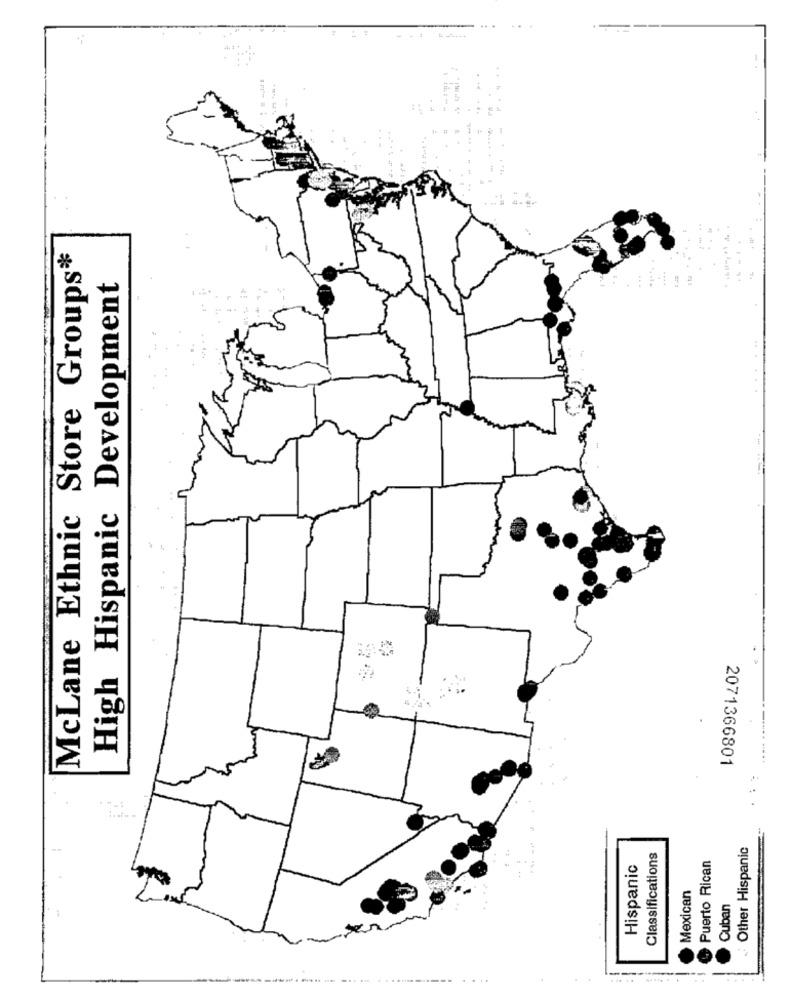
-
..
...
McLane Ethnic Store Groups*
High Hispanic Development
...
2071366801
..
Other Hispanic
Classifications
Hispanic
Puerto Rican
Mexican
Cuban
.--------
...